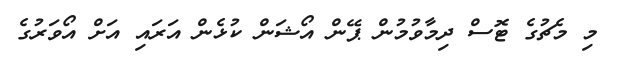
މި މެޗުގެ ޓޮސް ދިމާވުމުން ޕޭން އޯޝަން ކުޅެން އަރައި އަށް އޯވަރުގެ